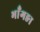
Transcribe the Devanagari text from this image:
भाँगङा